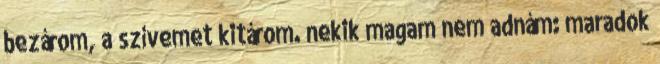
bezárom, a szívemet kitárom. nekik magam nem adnám: maradok